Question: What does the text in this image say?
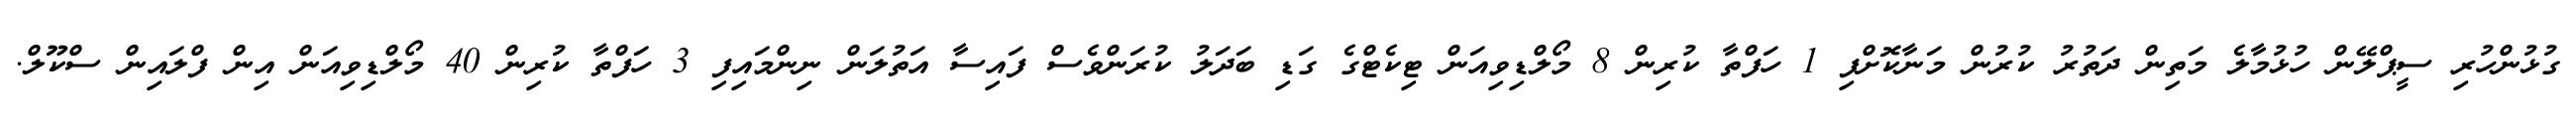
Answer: ގުޅުންހުރި ސީޕްލޭން ހުޅުމާލެ މަތިން ދަތުރު ކުރުން މަނާކޮށްފި 1 ހަފްތާ ކުރިން 8 މޯލްޑިވިއަން ޓިކެޓްގެ ގަޑި ބަދަލު ކުރަންވެސް ފައިސާ އަތުލަން ނިންމައިފި 3 ހަފްތާ ކުރިން 40 މޯލްޑިވިއަން އިން ފްލައިން ސްކޫލް.